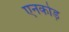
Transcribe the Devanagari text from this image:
एनकोड़